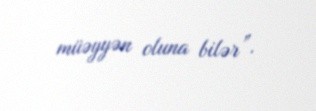
müəyyən oluna bilər”.